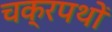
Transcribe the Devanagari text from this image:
चक्रपथों